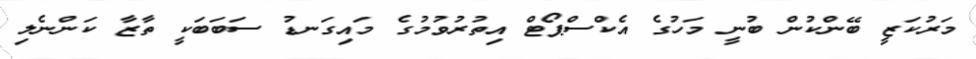
މަރުކަޒީ ބޭންކުން ބުނީ މަހުގެ އެކްސްޕޯޓް އިތުރުވުމުގެ މައިގަނޑު ސަބަބަކީ ތާޒާ ކަންނެލި